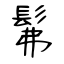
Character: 髴